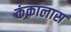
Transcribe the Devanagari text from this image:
कंकालास